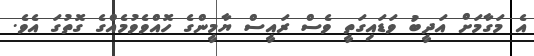
އެ މަގާމަށް އަދީބު ވަޑައިގަތީ ވެސް ރައީސް ޔާމީންގެ ހޮއްވެވުމެއްގެ ގޮތުގަ އެވެ.